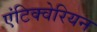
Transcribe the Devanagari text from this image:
एंटिक्वेरियन